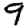
Digit: 9